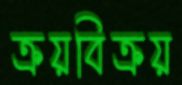
ক্রয়বিক্রয়